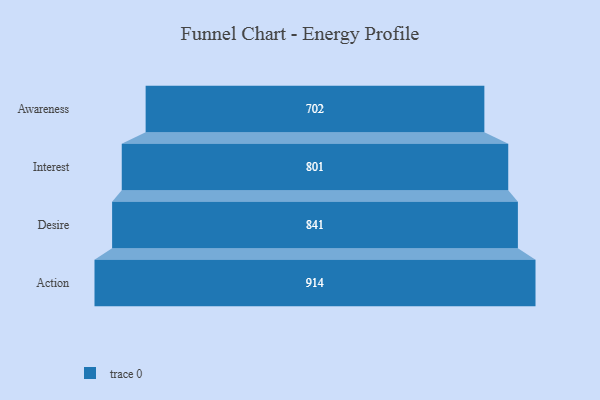
{"axis": {"x": "Stage", "y": "Value"}, "legend": [""], "data": [{"x": "Awareness", "y": 702.0, "type": ""}, {"x": "Interest", "y": 801.0, "type": ""}, {"x": "Desire", "y": 841.0, "type": ""}, {"x": "Action", "y": 914.0, "type": ""}]}